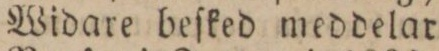
Widare beſked meddelar